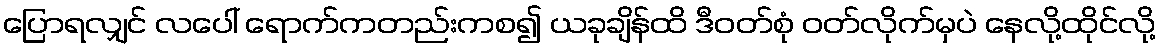
ပြောရလျှင် လပေါ် ရောက်ကတည်းကစ၍ ယခုချိန်ထိ ဒီဝတ်စုံ ဝတ်လိုက်မှပဲ နေလို့ထိုင်လို့